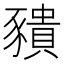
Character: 𧲆